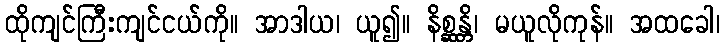
ထိုကျင်ကြီးကျင်ငယ်ကို။ အာဒါယ၊ ယူ၍။ နိစ္ဆန္တိ၊ မယူလိုကုန်။ အထခေါ၊